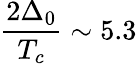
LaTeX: \frac{2\Delta_{0}}{T_{c}}\sim 5.3